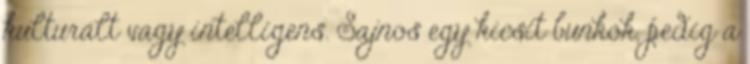
kulturált vagy intelligens. Sajnos egy kicsit bunkók, pedig a